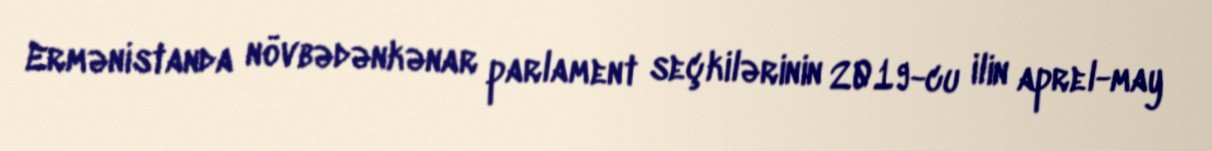
Ermənistanda növbədənkənar parlament seçkilərinin 2019-cu ilin aprel-may